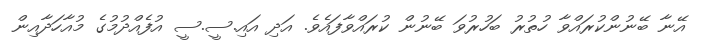
އޭނާ ބޭނުންކުރައްވާ ހުތުރު ބަހުރުވަ ބޭނުން ކުރައްވާފައެވެ. އަދި އައި.ސީ.ސީ އުފެއްދުމުގެ މުއާހަދާއިން